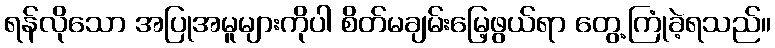
ရန်လိုသော အပြုအမူများကိုပါ စိတ်မချမ်းမြေ့ဖွယ်ရာ တွေ့ကြုံခဲ့ရသည်။